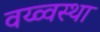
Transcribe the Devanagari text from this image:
वय्व्वस्था